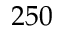
2 5 0